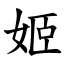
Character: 姬